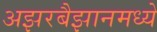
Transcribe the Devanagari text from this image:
अझरबैझानमध्ये